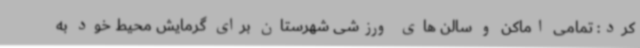
کرد: تمامی اماکن و سالن های ورزشی شهرستان برای گرمایش محیط خود به